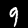
Label: 9